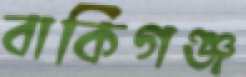
বাকিগঞ্জ